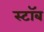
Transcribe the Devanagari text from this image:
स्टॉब